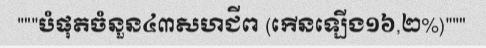
"""បំផុតចំនួន៤៣សហជីព (កើនឡើង១៦,២%)"""